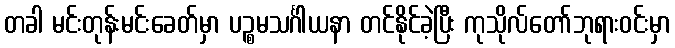
တခါ မင်းတုန်းမင်းခေတ်မှာ ပဉ္စမသင်္ဂါယနာ တင်နိုင်ခဲ့ပြီး ကုသိုလ်တော်ဘုရားဝင်းမှာ